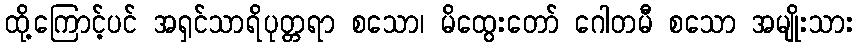
ထို့ကြောင့်ပင် အရှင်သာရိပုတ္တရာ စသော၊ မိထွေးတော် ဂေါတမီ စသော အမျိုးသား